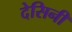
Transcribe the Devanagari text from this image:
देसिनी